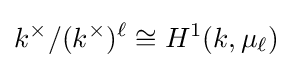
k^{\times }/(k^{\times })^{\ell }\cong H^{1}(k,\mu _{\ell })